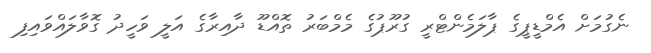
ނެގުމަށް އެމްޑީޕީގެ ޕާލަމެންޓްރީ ގުރޫޕުގެ މެމްބަރު ތޮއްޑޫ ދާއިރާގެ އަލީ ވަހީދު ގޮވާލައްވައިފި